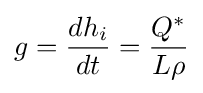
g={\frac {dh_{i}}{dt}}={\frac {Q^{*}}{L\rho }}